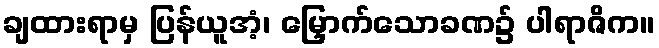
ချထားရာမှ ပြန်ယူအံ့၊ မြှောက်သောခဏ၌ ပါရာဇိက။